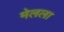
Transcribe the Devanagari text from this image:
मेलला